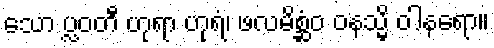
သော ပ္လဝတီ ဟုရာ ဟုရံ၊ ဖလမိစ္ဆံဝ ဝနသ္မိ ဝါနရော။